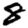
Digit: 8